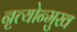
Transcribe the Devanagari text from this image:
नृत्योन्मुख